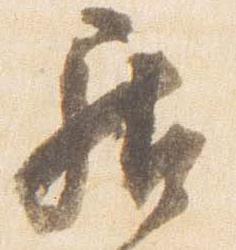
居